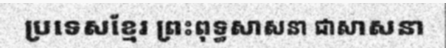
ប្រទេសខ្មែរ ព្រះពុទ្ធសាសនា ជាសាសនា